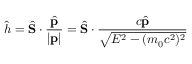
{ \hat { h } } = { \hat { \mathbf { S } } } \cdot { \frac { \hat { \mathbf { p } } } { | \mathbf { p } | } } = { \hat { \mathbf { S } } } \cdot { \frac { c { \hat { \mathbf { p } } } } { \sqrt { E ^ { 2 } - ( m _ { 0 } c ^ { 2 } ) ^ { 2 } } } }